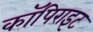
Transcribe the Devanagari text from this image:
कॉपिराइट